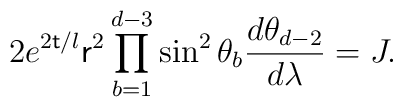
2e^{2{\sf t}/l}{\sf r}^2\prod_{b=1}^{d-3}\sin^2\theta_b \frac{d\theta_{d-2}}{d\lambda}=J.